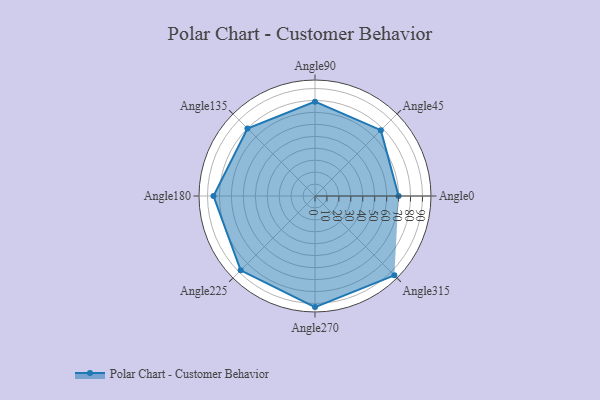
{"axis": {"x": "Angle", "y": "Radius"}, "legend": [""], "data": [{"x": "Angle0", "y": 70.0, "type": ""}, {"x": "Angle45", "y": 78.0, "type": ""}, {"x": "Angle90", "y": 79.0, "type": ""}, {"x": "Angle135", "y": 80.0, "type": ""}, {"x": "Angle180", "y": 85.0, "type": ""}, {"x": "Angle225", "y": 88.0, "type": ""}, {"x": "Angle270", "y": 93.0, "type": ""}, {"x": "Angle315", "y": 94.0, "type": ""}]}